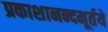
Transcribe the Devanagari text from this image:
प्रकाशानन्दमूर्तये